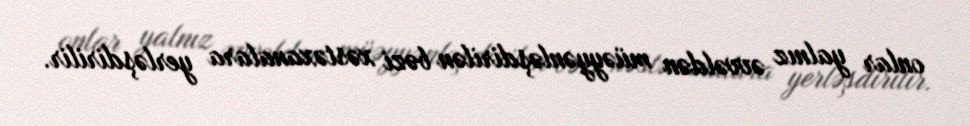
onlar yalnız əvvəldən müəyyənləşdirilən bəzi xəstəxanalara yerləşdirilir.